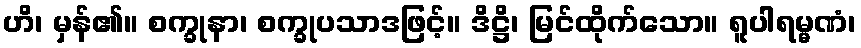
ဟိ၊ မှန်၏။ စက္ခုနာ၊ စက္ခုပသာဒဖြင့်။ ဒိဋ္ဌိ၊ မြင်ထိုက်သော။ ရူပါရမ္မဏံ၊